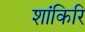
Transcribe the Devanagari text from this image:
शांकिरि